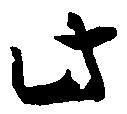
此